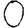
Digit: 0